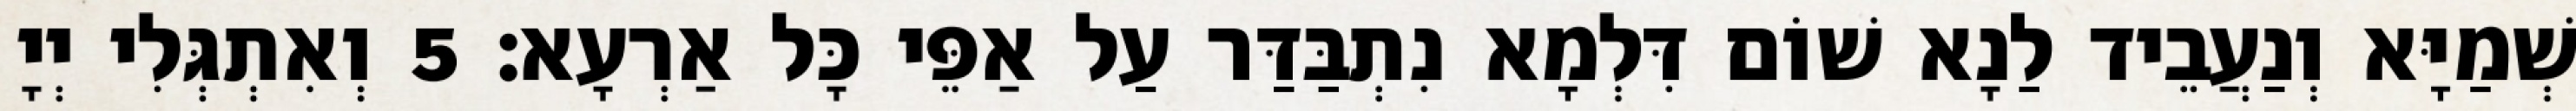
שְׁמַיָּא וְנַעֲבֵיד לַנָא שׁוֹם דִּלְמָא נִתְבַּדַּר עַל אַפֵּי כָּל אַרְעָא׃ 5 וְאִתְגְּלִי יְיָ